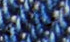
عودتهم